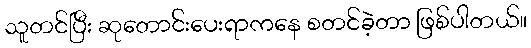
သူတင်ပြီး ဆုတောင်းပေးရာကနေ စတင်ခဲ့တာ ဖြစ်ပါတယ်။